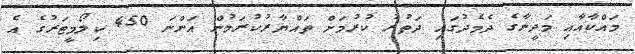
މައްކާއާއި މަދީނާގެ ދެމެދުގައި ދަތުރު ކުރުމަށް ތައްޔާރުކުރަމުން އަންނަ 450 ކިލޯމީޓަރުގެ އެ